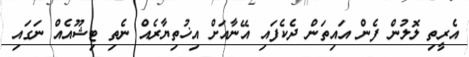
އެރީތި ލޮލުން ފެން އައިތަން ދެކެފައި އޭނާއަށް އިޚުތިޔާރެއް ނެތި ޓިޝޫއެއް ނަގައި